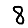
Digit: 8